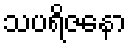
သပရိဇနော